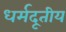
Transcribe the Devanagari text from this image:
धर्मदूतीय